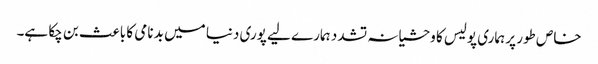
خاص طور پر ہماری پولیس کا وحشیانہ تشدد ہمارے لیے پوری دنیا میں بد نامی کا باعث بن چکا ہے۔